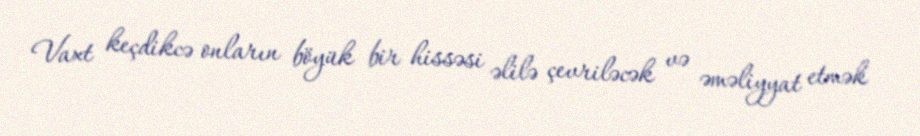
Vaxt keçdikcə onların böyük bir hissəsi əlilə çevriləcək və əməliyyat etmək